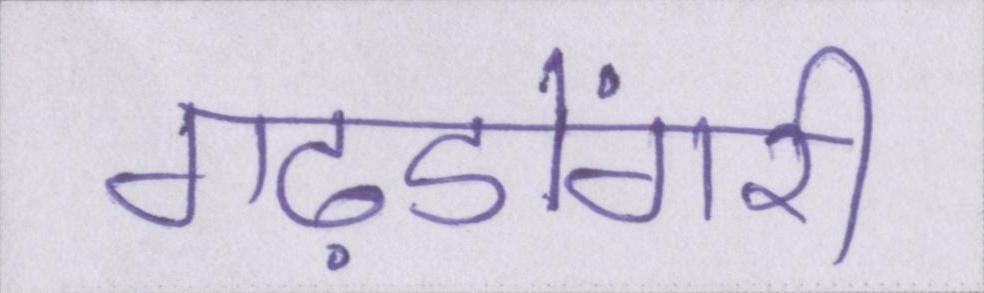
गढ़डोंगरी